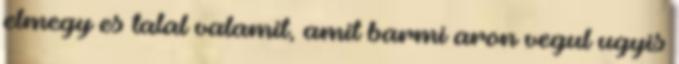
elmegy es talal valamit, amit barmi aron vegul ugyis